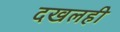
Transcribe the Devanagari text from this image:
दखलही